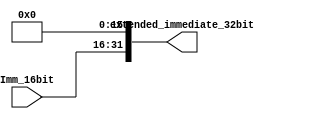
module Immediate_16to32( extended_immediate_32bit, Imm_16bit);
	
	input [15:0] Imm_16bit ;
	output [31:0] extended_immediate_32bit ;
// 15:0	
and extended_immediate_bit_0(  extended_immediate_32bit[0],  Imm_16bit[0], 1'b0 ) ; // put zero's at the end of th immediate[15:0]
and extended_immediate_bit_1(  extended_immediate_32bit[1],  Imm_16bit[1], 1'b0 ) ;
and extended_immediate_bit_2(  extended_immediate_32bit[2],  Imm_16bit[2], 1'b0 ) ;
and extended_immediate_bit_3(  extended_immediate_32bit[3],  Imm_16bit[3], 1'b0 ) ;

and extended_immediate_bit_4(  extended_immediate_32bit[4],  Imm_16bit[4], 1'b0 ) ;
and extended_immediate_bit_5(  extended_immediate_32bit[5],  Imm_16bit[5], 1'b0 ) ;
and extended_immediate_bit_6(  extended_immediate_32bit[6],  Imm_16bit[6], 1'b0 ) ;
and extended_immediate_bit_7(  extended_immediate_32bit[7],  Imm_16bit[7], 1'b0 ) ;

and extended_immediate_bit_8(  extended_immediate_32bit[8],  Imm_16bit[8], 1'b0 ) ;
and extended_immediate_bit_9(  extended_immediate_32bit[9],  Imm_16bit[9], 1'b0 ) ;
and extended_immediate_bit_10( extended_immediate_32bit[10], Imm_16bit[10], 1'b0 ) ;
and extended_immediate_bit_11( extended_immediate_32bit[11], Imm_16bit[11], 1'b0 ) ;

and extended_immediate_bit_12( extended_immediate_32bit[12], Imm_16bit[12], 1'b0 ) ;
and extended_immediate_bit_13( extended_immediate_32bit[13], Imm_16bit[13], 1'b0 ) ;
and extended_immediate_bit_14( extended_immediate_32bit[14], Imm_16bit[14], 1'b0 ) ;
and extended_immediate_bit_15( extended_immediate_32bit[15], Imm_16bit[15], 1'b0 ) ;
	
// 31:16
or extended_immediate_bit_16( extended_immediate_32bit[16], Imm_16bit[0], 1'b0 ) ;// give it self
or extended_immediate_bit_17( extended_immediate_32bit[17], Imm_16bit[1], 1'b0 ) ;
or extended_immediate_bit_18( extended_immediate_32bit[18], Imm_16bit[2], 1'b0 ) ;
or extended_immediate_bit_19( extended_immediate_32bit[19], Imm_16bit[3], 1'b0 ) ;

or extended_immediate_bit_20( extended_immediate_32bit[20], Imm_16bit[4], 1'b0 ) ;
or extended_immediate_bit_21( extended_immediate_32bit[21], Imm_16bit[5], 1'b0 ) ;
or extended_immediate_bit_22( extended_immediate_32bit[22], Imm_16bit[6], 1'b0 ) ;
or extended_immediate_bit_23( extended_immediate_32bit[23], Imm_16bit[7], 1'b0 ) ;

or extended_immediate_bit_24( extended_immediate_32bit[24], Imm_16bit[8], 1'b0 ) ;
or extended_immediate_bit_25( extended_immediate_32bit[25], Imm_16bit[9], 1'b0 ) ;
or extended_immediate_bit_26( extended_immediate_32bit[26], Imm_16bit[10], 1'b0 ) ;
or extended_immediate_bit_27( extended_immediate_32bit[27], Imm_16bit[11], 1'b0 ) ;

or extended_immediate_bit_28( extended_immediate_32bit[28], Imm_16bit[12], 1'b0 ) ;
or extended_immediate_bit_29( extended_immediate_32bit[29], Imm_16bit[13], 1'b0 ) ;
or extended_immediate_bit_30( extended_immediate_32bit[30], Imm_16bit[14], 1'b0 ) ;
or extended_immediate_bit_31( extended_immediate_32bit[31], Imm_16bit[15], 1'b0 ) ;


endmodule